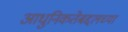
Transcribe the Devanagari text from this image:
आधुनिकतेबद्दलच्या